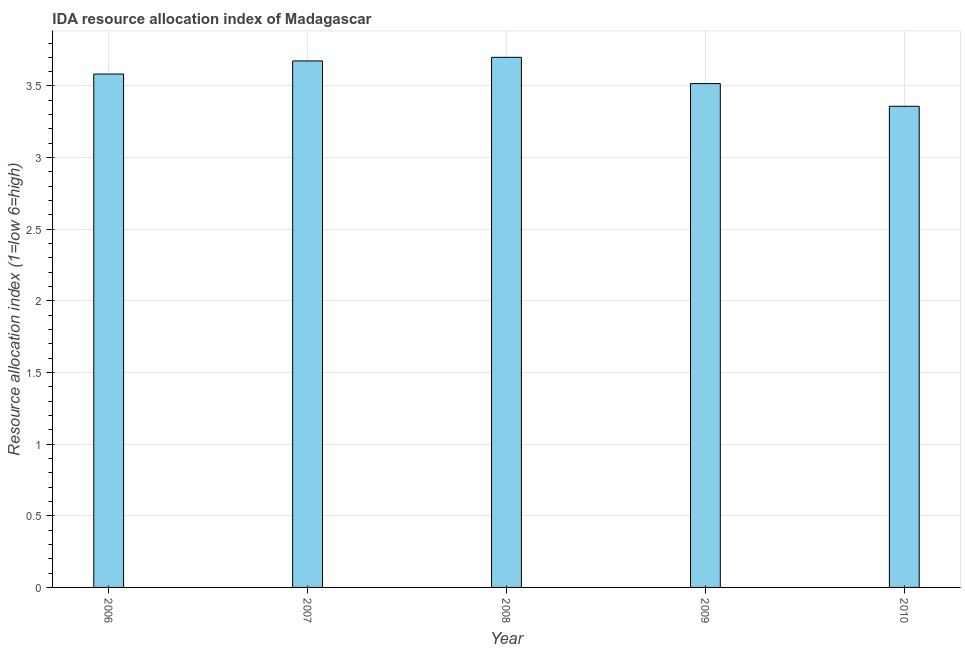
| Year | IDA resource allocation index |
 | --- | --- |
 | 2006 | 3.58 |
 | 2007 | 3.67 |
 | 2008 | 3.7 |
 | 2009 | 3.52 |
 | 2010 | 3.36 |